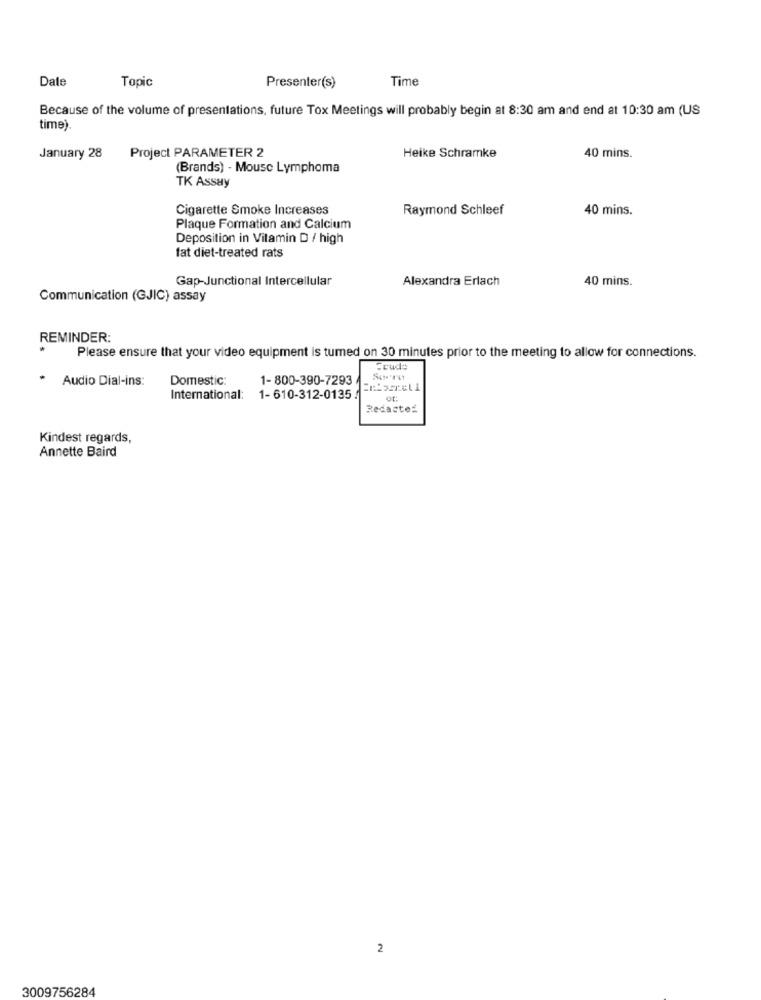
Date
Time
Topic
Presenter(s)
Because of the volume of presentations, future Tox Meetings will probably begin at 8:30 am and end at 10:30 am (US
time).
January 28 Project PARAMETER 2
Heike Schramke
40 mins.
(Brands) - Mouse Lymphoma
TK Assay
Cigarette Smoke Increases
Raymond Schleef
40 mins.
Plaque Formation and Calcium
Deposition in Vitamin D / high
fat diet-treated rats
Gap-Junctional Intercellular
Alexandra Erlach
40 mins.
Communication (GJIC) assay
REMINDER:
Please ensure that your video equipment is turned on 30 minutes prior to the meeting to allow for connections.
Ecuds
.
Audio Dial-ins:
Domestic:
1-800-390-7293 /
International: 1-610-312-0135 .
Redacted
Kindest regards,
Annette Baird
2
3009756284